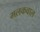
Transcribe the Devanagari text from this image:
मलकवाल